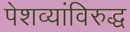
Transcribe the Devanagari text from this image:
पेशव्यांविरुद्ध